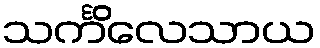
သင်္ကိလေသာယ